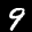
Label: 9